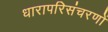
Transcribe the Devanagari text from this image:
धारापरिसंचरणों